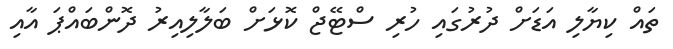
ތައް ކިޔާލި އަޑަށް ދުރުގައި ހުރި ސްޓޭޖް ކޮޅަށް ބަލާލިއިރު ދޮންބައްޕަ އާއި